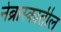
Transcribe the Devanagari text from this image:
नेब्रास्कातील